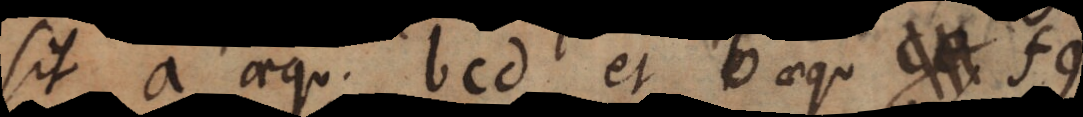
a aequ. bcd et b aequ. ce